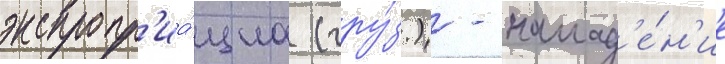
экспропр'иа́циа (гру́з.) - напад'е́н'ие